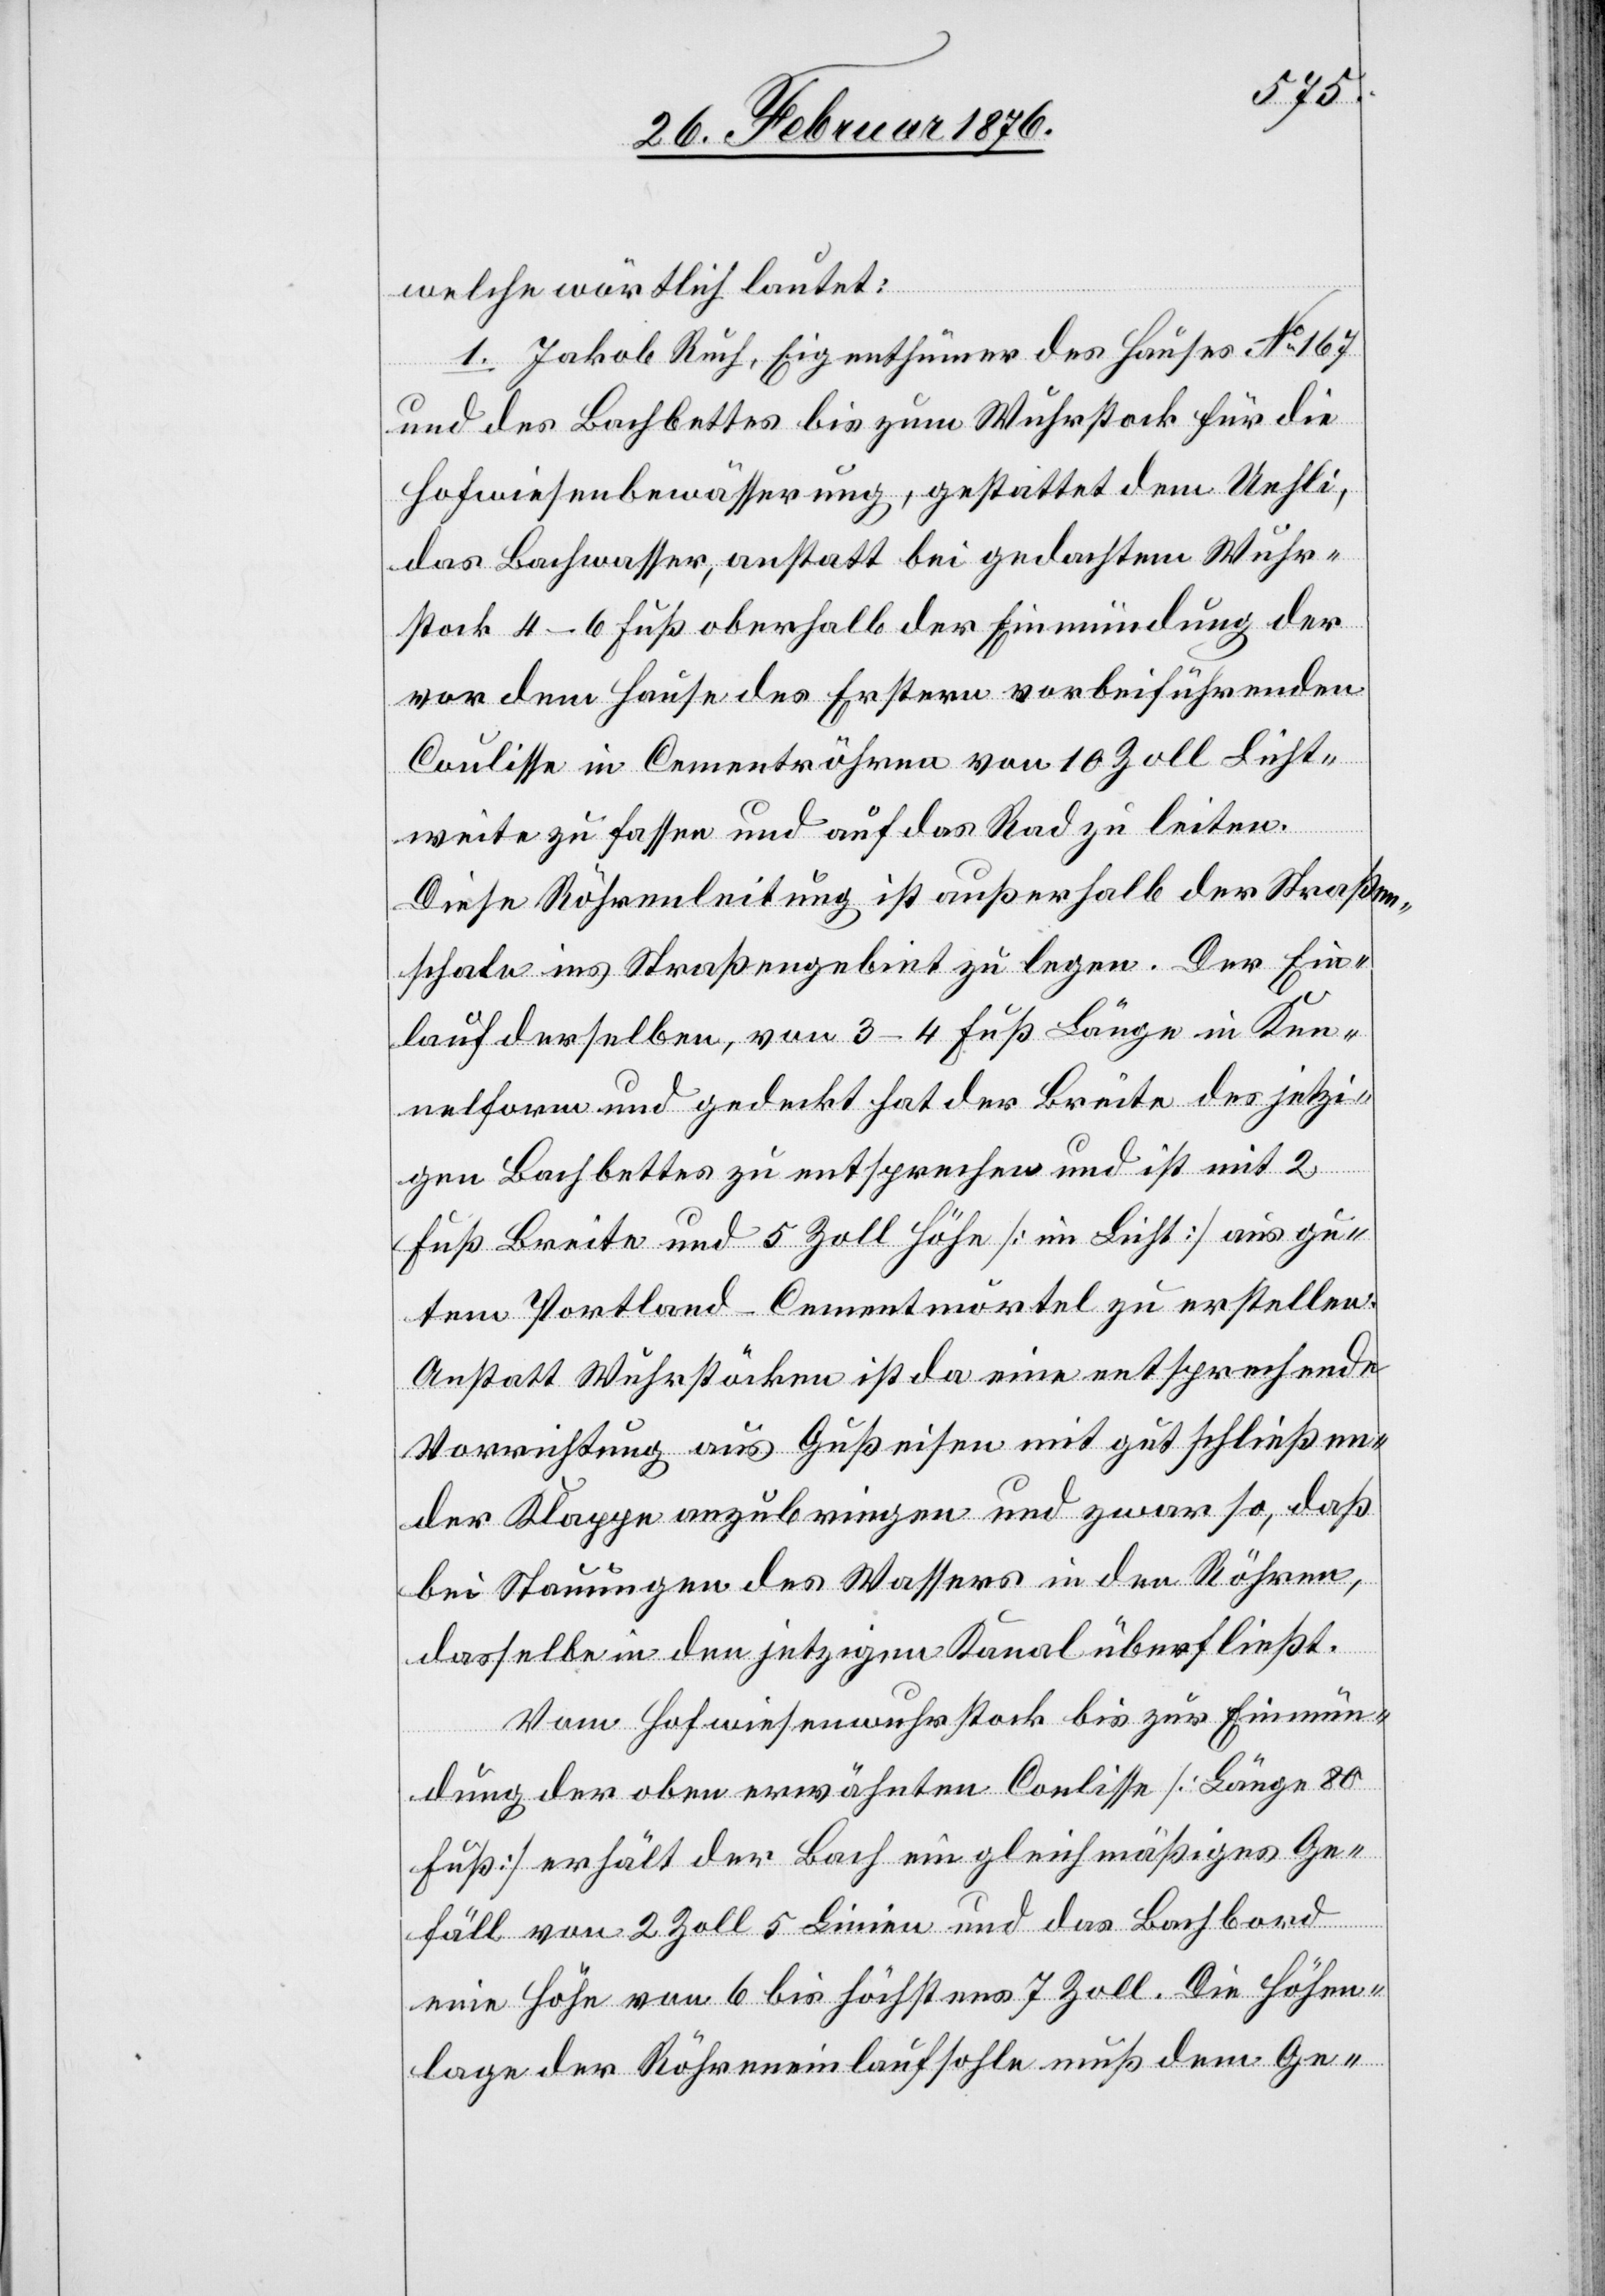
welche wörtlich lautet:
1. Jakob Ruch, Eigenthümer des Hauses No 167
und des Bachbettes bis zum Wuhrstock für die
Hofwiesenbewässerung, gestattet dem Uehli,
das Bachwasser, anstatt bei gedachtem Wuhr¬
stock 4–6 Fuß oberhalb der Einmündung der
vor dem Hause des Erstern vorbeiführenden
Coulisse in Cementröhren von 10 Zoll Licht¬
weite zu fassen und auf das Rad zu leiten.
Diese Röhrenleitung ist außerhalb der Straßen¬
schale ins Straßengebiet zu legen. Der Ein¬
lauf derselben, von 3–4 Fuß Länge in Ka¬
nalform und gedeckt hat der Breite des jetzi¬
gen Bachbettes zu entsprechen und ist mit 2
Fuß Breite und 5 Zoll Höhe [im Licht] aus gu¬
tem Portland-Cementmörtel zu erstellen.
Anstatt Wuhrstöcken ist da eine entsprechende
Vorrichtung aus Gußeisen mit gut schließen¬
der Klappe anzubringen und zwar so, daß
bei Stauungen des Wassers in den Röhren,
dasselbe in den jetzigen Kanal überfließt.
Vom Hofwiesenwuhrstock bis zur Einmün¬
dung der oben erwähnten Coulisse [Länge 80
Fuß] erhält der Bach ein gleichmäßiges Ge¬
fäll von 2 Zoll 5 Linien und das Bachbord
eine Höhe von 6 bis höchstens 7 Zoll. Die Höhen¬
lage der Röhreneinlaufsohle muß dem Ge-